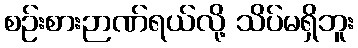
စဉ်းစားဉာဏ်ရယ်လို့ သိပ်မရှိဘူး